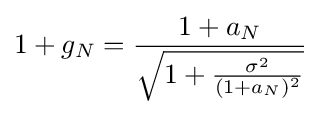
1+g_{N}={\frac {1+a_{N}}{\sqrt {1+{\frac {\sigma ^{2}}{(1+a_{N})^{2}}}}}}